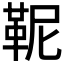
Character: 𩉹